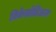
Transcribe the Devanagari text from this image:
निकेलोडिअन